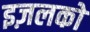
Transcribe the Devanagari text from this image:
इज़लको